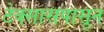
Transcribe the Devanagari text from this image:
टेक्सासपासून